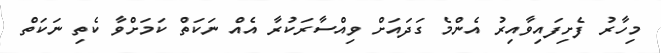
މިހާރު ފެށިފައިވާއިރު އެންމެ ގަދައަށް ވިއްސާރަކުރާ އެއް ނަކަތް ކަމަށްވާ ކެތި ނަކަތް